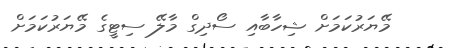
މޭޔަރުކަމަށް ޝިހާބާއި ސޯދިގް މާލޭ ސިޓީގެ މޭޔަރުކަމަށް